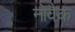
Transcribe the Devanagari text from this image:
नोवैक